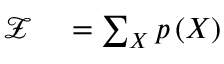
\begin{array} { r l } { \mathcal { Z } } & { { } = \sum _ { \boldsymbol { X } } p \left( \boldsymbol { X } \right) } \end{array}